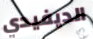
الديفيدي